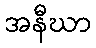
အနီဃာ